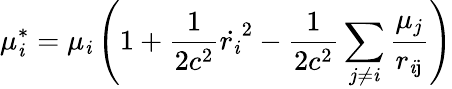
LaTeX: \mu_{\mathit{i}}^{*}=\mu_{\mathit{i}}\left(1+\frac{{1}}{{2c^{2}}}\dot{{r_{\mathit{i}}}}^{2}-\frac{{1}}{{2c^{2}}}\sum_{j\neq\mathit{i}}\frac{{\mu_{j}}}{{r_{\mathrm{{\mathit{i}j}}}}}\right)